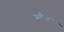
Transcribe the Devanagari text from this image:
स्लैने